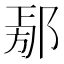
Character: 𨜃